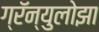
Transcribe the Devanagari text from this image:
ग्रॅन्युलोझा